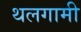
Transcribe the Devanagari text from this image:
थलगामी